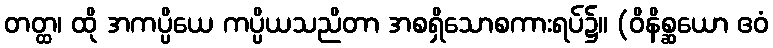
တတ္ထ၊ ထို အကပ္ပိယေ ကပ္ပိယသညိတာ အစရှိသောစကားရပ်၌။ (ဝိနိစ္ဆယော ဧဝံ